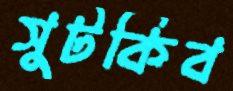
সুটকিব